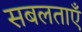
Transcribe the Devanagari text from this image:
सबलताएँ